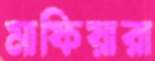
মাফিয়ারা